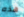
هذه